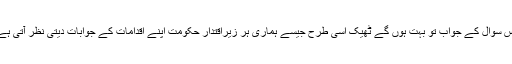
اس سوال کے جواب تو بہت ہوں گے ٹھیک اسی طرح جیسے ہماری ہر زیراقتدار حکومت اپنے اقدامات کے جوابات دیتی نظر آتی ہے۔